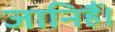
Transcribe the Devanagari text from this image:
जानिहैं।